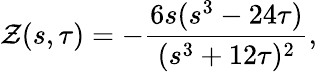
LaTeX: \mathcal{Z}(s,\tau)=-\frac{6s(s^{3}-24\tau)}{(s^{3}+12\tau)^{2}},